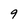
Character: 9